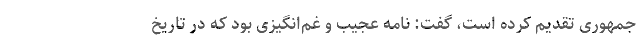
جمهوری تقدیم کرده است، گفت: نامه عجیب و غم‌انگیزی بود که در تاریخ